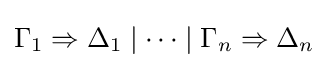
\Gamma _{1}\Rightarrow \Delta _{1}\mid \dots \mid \Gamma _{n}\Rightarrow \Delta _{n}